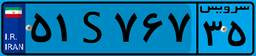
۵۱S۷۶۷۳۵